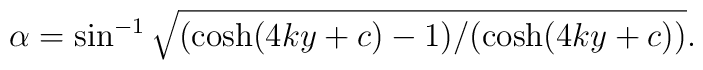
\alpha=\sin^{-1}\sqrt{(\cosh (4ky+c)-1)/(\cosh (4ky+c))}.